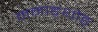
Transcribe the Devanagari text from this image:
ममाङ्थोङ्